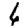
Digit: 6